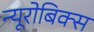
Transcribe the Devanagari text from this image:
न्यूरोबिक्स